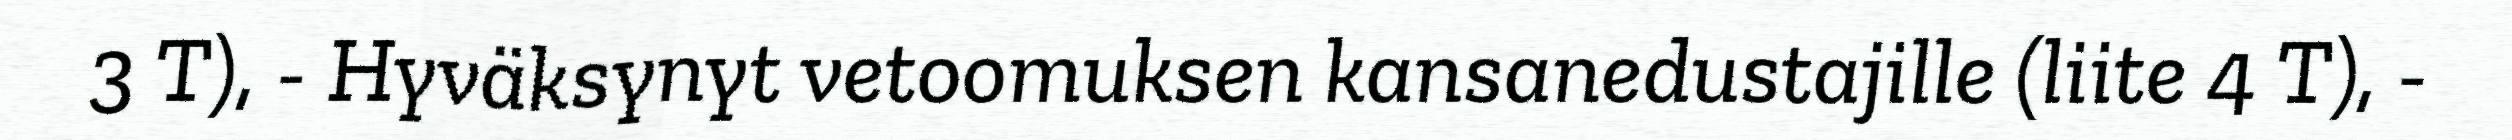
3 T), - Hyväksynyt vetoomuksen kansanedustajille (liite 4 T), -